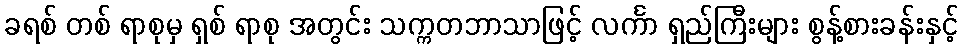
ခရစ် တစ် ရာစုမှ ရှစ် ရာစု အတွင်း သက္ကတဘာသာဖြင့် လင်္ကာ ရှည်ကြီးများ စွန့်စားခန်းနှင့်